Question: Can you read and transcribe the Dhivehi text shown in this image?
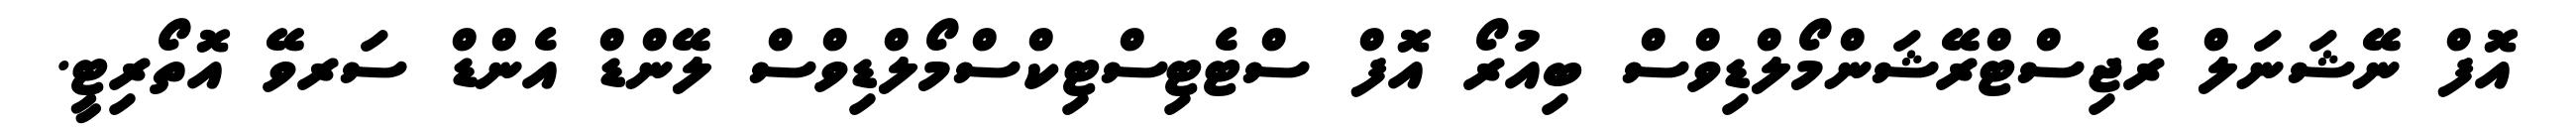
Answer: އޮފް ނޭޝަނަލް ރެޖިސްޓްރޭޝަންމޯލްޑިވްސް ބިއުރޯ އޮފް ސްޓެޓިސްޓިކްސްމޯލްޑިވްސް ލޭންޑް އެންޑް ސަރވޭ އޮތޯރިޓީ.